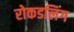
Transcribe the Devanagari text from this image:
रोकडलिंग